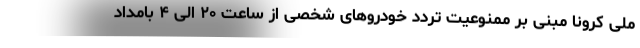
ملی کرونا مبنی بر ممنوعیت تردد خودروهای شخصی از ساعت ۲۰ الی ۴ بامداد